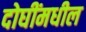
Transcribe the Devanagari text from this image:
दोघींमधील